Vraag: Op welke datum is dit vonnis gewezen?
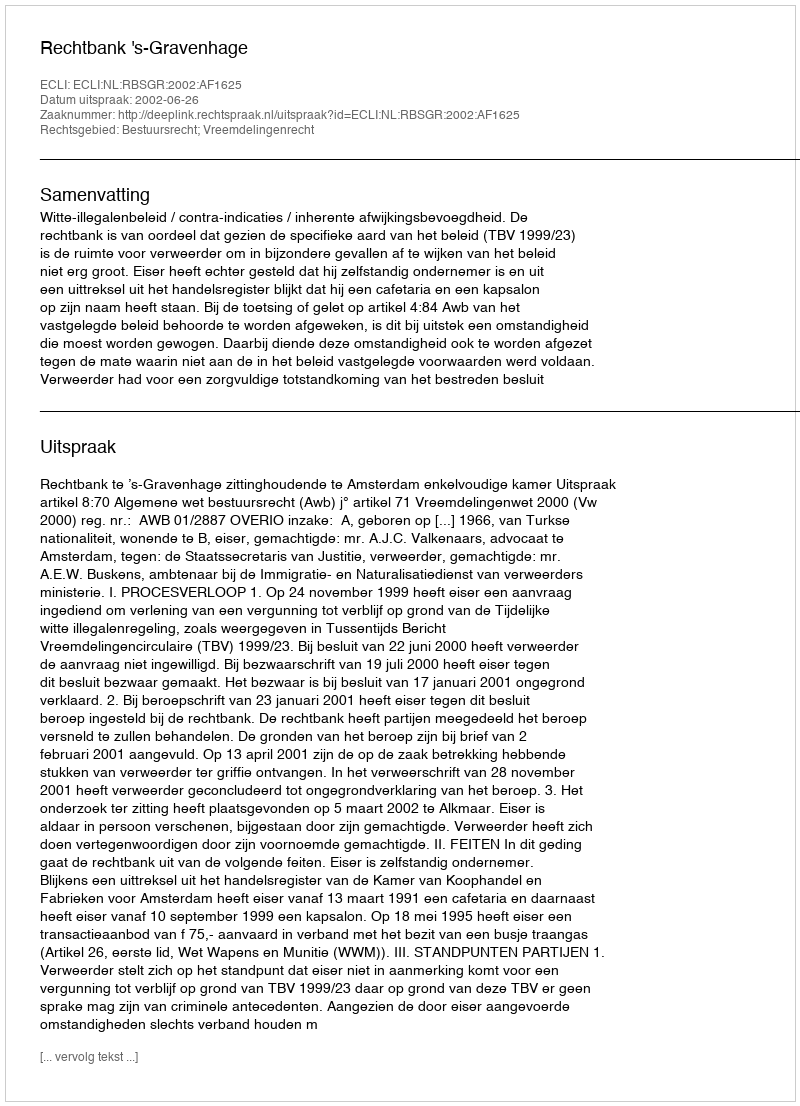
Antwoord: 2002-06-26